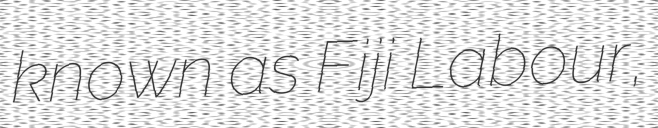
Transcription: known as Fiji Labour,